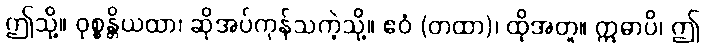
ဤသို့။ ဝုစ္စန္တိယထာ၊ ဆိုအပ်ကုန်သကဲ့သို့။ ဧဝံ (တထာ)၊ ထိုအတူ။ ဣဓာပိ၊ ဤ